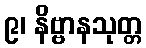
၉၊ နိဗ္ဗာနသုတ္တ